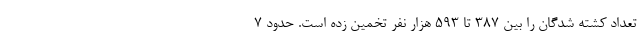
تعداد کشته شدگان را بین 387 تا 593 هزار نفر تخمین زده است. حدود 7